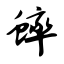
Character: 蟀